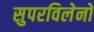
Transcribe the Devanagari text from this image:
सुपरविलेनों